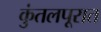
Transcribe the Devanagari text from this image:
कुंतलपूरात